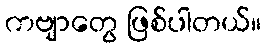
ကဗျာတွေ ဖြစ်ပါတယ်။